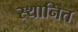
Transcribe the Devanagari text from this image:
स्थानित